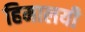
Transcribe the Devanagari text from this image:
हिमालयी